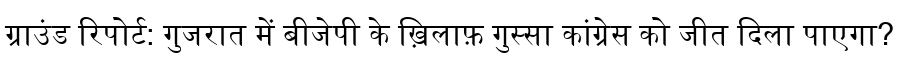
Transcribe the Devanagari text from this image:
ग्राउंड रिपोर्ट: गुजरात में बीजेपी के ख़िलाफ़ गुस्सा कांग्रेस को जीत दिला पाएगा?